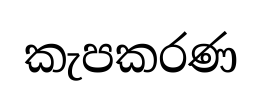
කැපකරණ